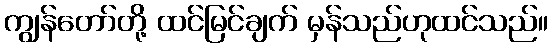
ကျွန်တော်တို့ ထင်မြင်ချက် မှန်သည်ဟုထင်သည်။